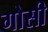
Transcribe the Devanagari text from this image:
गोसी